Vaccination North-Western Provinces 1866-1877 - 1866-1877
Year: 1866
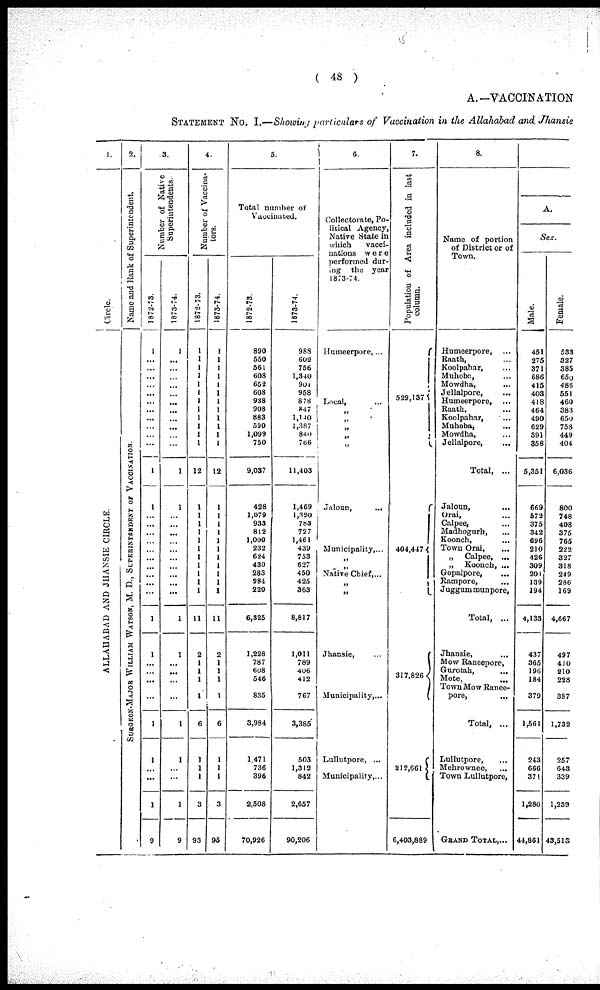
( 48 )
A.—VACCINATION
STATEMENT No. I.—Showing particulars of Vaccination in the Allahabad and Jhansie
1.
Circle.
ALLAHABAD AND JHANSIE CIRCLE.
2.
Name and Rank of Superintendent.
SURGEON-MAJOR WILLIAM WATSON, M. D., SUPERINTENDENT OF VACCINATION.
3.
Number of Native
Superintendents.
1872-73.
1
...
...
...
...
...
...
...
...
...
...
...
1
1
...
...
...
...
...
...
...
...
...
...
1
1
...
...
...
...
1
1
...
...
1
9
1873-74.
1
...
...
...
...
...
...
...
...
...
...
...
1
1
...
...
...
...
...
...
...
...
...
...
1
1
...
...
...
...
1
1
...
...
1
9
4.
Number of Vaccina-
tors.
1872-73.
1
1
1
1
1
1
1
1
1
1
1
1
12
1
1
1
1
1
1
1
1
1
1
1
11
2
1
1
1
1
6
1
1
1
3
93
1873-74.
1
1
1
1
1
1
1
1
1
1
1
1
12
1
1
1
1
1
1
1
1
1
1
1
11
2
1
1
1
1
6
1
1
1
3
95
5.
Tatal number of
Vaccinated
1872-73.
890
550
561
608
652
608
938
908
883
590
1,099
750
9,037
428
1,079
933
812
1,000
232
624
430
283
S84
220
6,325
1,228
787
608
546
835
3,984
1,471
736
396
2,508
70,926
1873-74.
983
602
756
1,340
901
958
878
847
1,140
1,387
840
766
11,403
1,469
1,320
783
727
1,461
439
753
627
450
425
363
8,817
1,011
789
406
412
767
3,385
503
1,312
842
2,657
90,206
6.
Collectorate, Po-
litical Agency,
Native State in
which
vacci-
nations were
performed dur-
ing the year
1873-74.
Humeerpore,...
Local, ...
„
„
„
„
„
Jaloun,
...
Municipality,...
„
„
Native Chief,...
„
„
Jhansie, ...
Municipality,...
Lullutpore, ...
Municipality,...
7.
Population of Area included in last
column.
529,137
404,447
317,826
212,661
6,403,889
8.
Name of portion
of District or of
Town.
Humeerpore, ...
Raath, ...
Koolpahar, ...
Muhoba, ...
Mowdha, ...
Jellalpore, ...
Humeerpore, ...
Raath, ...
Koolpahar, ...
Muhoba, ...
Mowdha, ...
Jellalpore, ...
Total, ...
Jaloun, ...
Orai, ...
Calpee, ...
Madhogurh, ...
Koonch, ...
Town Orai, ...
„
Calpee, ...
„ Koonch, ...
Gopalpore, ...
Rampore, ...
Juggum munpore,
Total, ...
Jhansie, ...
Mow Raneepore,
Gurotah,
...
Mote,
...
Town Mow Ranee-
pore,
...
Total, ...
Lullutpore, ...
Mehrownee, ...
Town Lullutpore,
GRAND TOTAL,...
A.
Sex.
Male.
451
275
371
686
415
403
418
464
490
629
391
358
5,351
669
572
375
342
696
210
426
309
201
139
194
4,133
437
365
196
184
379
1,561
243
666
371
1,280
44,861
Female.
533
327
385
650
486
551
460
383
650
758
449
404
6,036
800
748
408
375
765
222
327
318
249
286
169
4,667
497
410
210
228
387
1,732
257
643
339
1,239
43,513